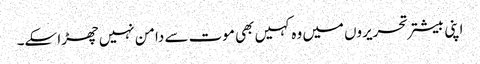
اپنی بیشتر تحریروں میں وہ کہیں بھی موت سے دامن نہیں چھڑا سکے۔